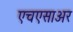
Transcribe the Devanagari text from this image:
एचएसाअर